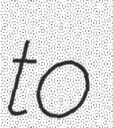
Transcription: to